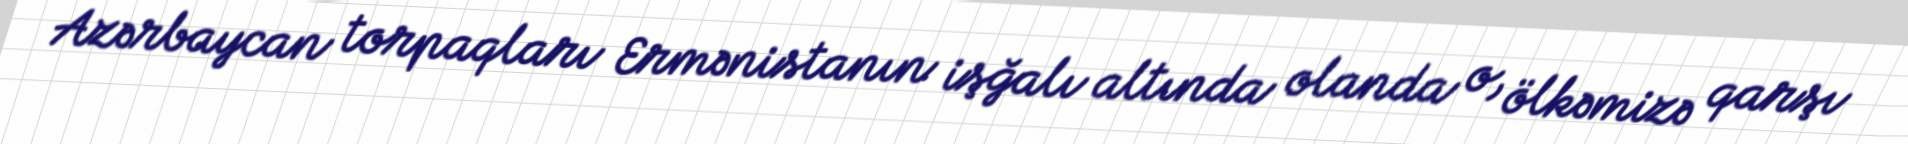
Azərbaycan torpaqları Ermənistanın işğalı altında olanda o, ölkəmizə qarşı